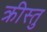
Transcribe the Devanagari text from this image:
क्रीस्तु